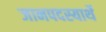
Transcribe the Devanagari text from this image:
जानपदस्यार्थे